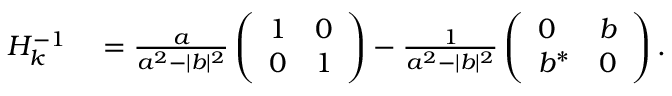
\begin{array} { r l } { H _ { k } ^ { - 1 } } & { { } = \frac { a } { a ^ { 2 } - | b | ^ { 2 } } \left( \begin{array} { l l } { 1 } & { 0 } \\ { 0 } & { 1 } \end{array} \right) - \frac { 1 } { a ^ { 2 } - | b | ^ { 2 } } \left( \begin{array} { l l } { 0 } & { b } \\ { b ^ { * } } & { 0 } \end{array} \right) . } \end{array}